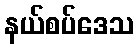
နယ်စပ်ဒေသ